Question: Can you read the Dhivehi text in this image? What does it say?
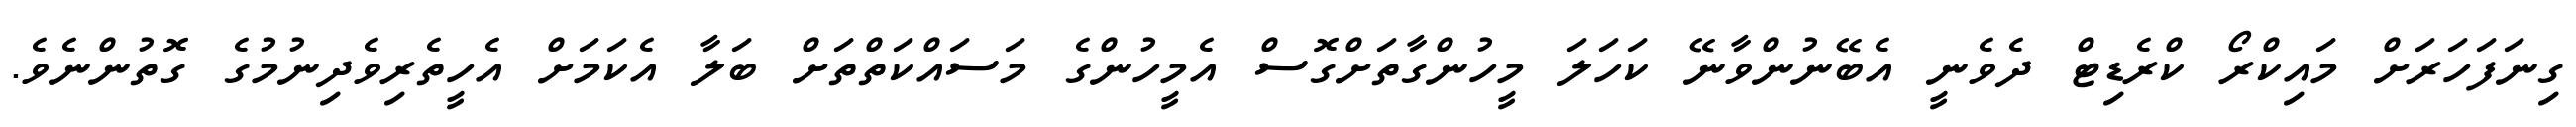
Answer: ގިނަފަހަރަށް މައިކްރޯ ކްރެޑިޓް ދެވެނީ އެބޭނުންވާނޭ ކަހަލަ މީހުންގާތަށްގޮސް އެމީހުންގެ މަސައްކަތްތަށް ބަލާ އެކަމަށް އެހީތެރިވެދިނުމުގެ ގޮތުންނެވެ.